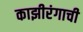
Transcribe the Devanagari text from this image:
काझीरंगाची